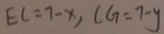
E L = 7 - x , C G = 7 - y